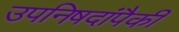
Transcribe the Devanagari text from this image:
उपनिषदांपैकीं